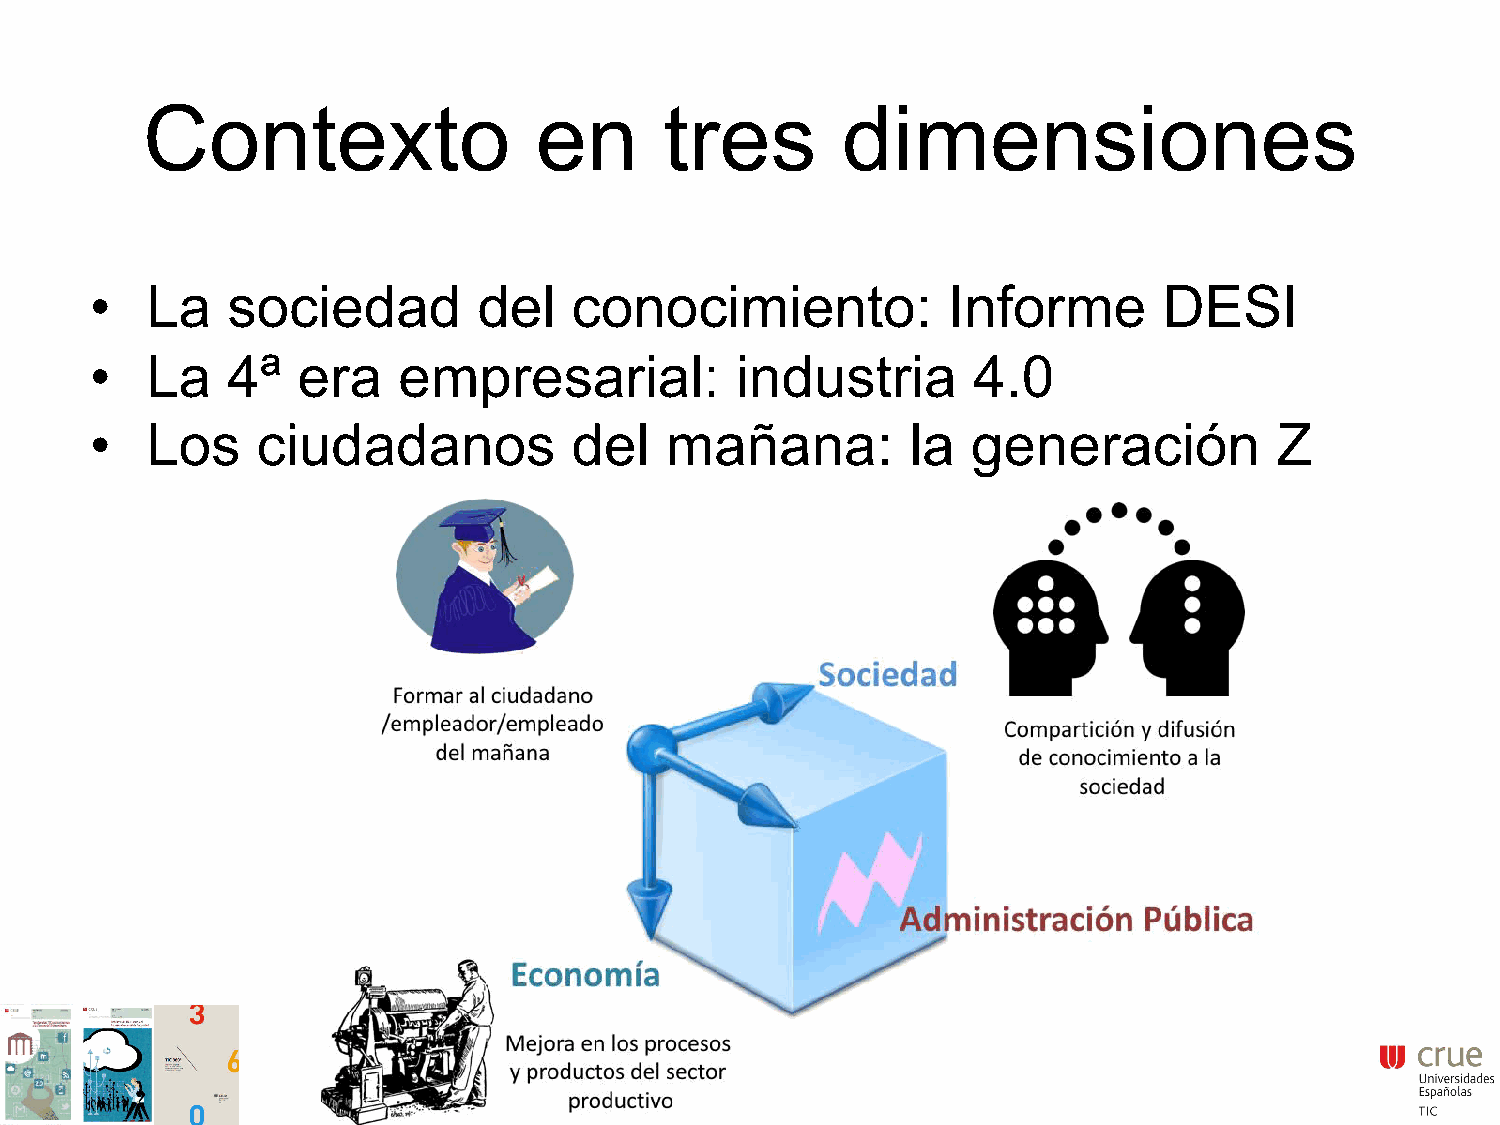
Contexto                  en       tres        dimensiones
 La   sociedad         del   conocimiento:            Informe       DESI
 •
 La   4ª   era   empresarial:           industria      4.0
 •
 Los    ciudadanos           del   mañana:         la  generación           Z
 •